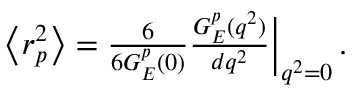
\begin{array} { r } { \left< r _ { p } ^ { 2 } \right> = \frac { 6 } { 6 { G _ { E } ^ { p } } ( 0 ) } \frac { G _ { E } ^ { p } ( q ^ { 2 } ) } { d q ^ { 2 } } \bigg | _ { q ^ { 2 } = 0 } \, . } \end{array}